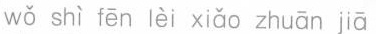
wǒ shì fēn lèi xiǎo zhuān jiā